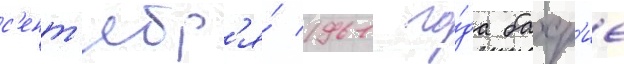
с'ент'ябр'я́ 1961 го́да бахр'ие